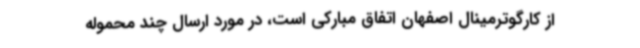
از کارگوترمینال اصفهان اتفاق مبارکی است، در مورد ارسال چند محموله